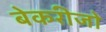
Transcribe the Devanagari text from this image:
बेकरीजो